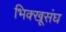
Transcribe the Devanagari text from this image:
भिक्खूसंघ